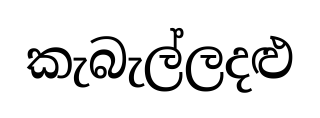
කැබැල්ලදළු